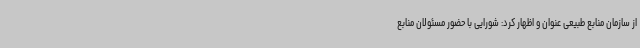
از سازمان منابع طبیعی عنوان و اظهار کرد: شورایی با حضور مسئولان منابع